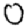
Digit: 0